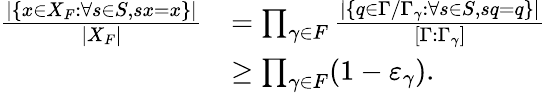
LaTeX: \begin{array}{rl}{\frac{\lvert\{ x\in X_{F}\colon\forall s\in S,sx=x\} \rvert}{\lvert X_{F}\rvert}}&{=\prod_{\gamma\in F}\frac{\lvert\{ q\in\Gamma/\Gamma_{\gamma}\colon\forall s\in S,sq=q\} \rvert}{[\Gamma:\Gamma_{\gamma}]}}\\ &{\geq\prod_{\gamma\in F}(1-\varepsilon_{\gamma}).}\end{array}